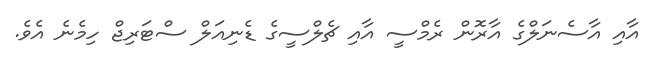
އާއި އާސެނަލްގެ އާރޮން ރެމްސީ އާއި ޗެލްސީގެ ޑެނިއަލް ސްޓަރިޖް ހިމެނެ އެވެ.